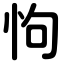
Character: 怐